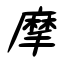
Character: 摩